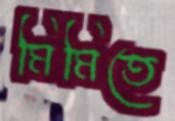
মিমিতে